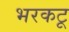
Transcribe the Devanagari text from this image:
भरकटू